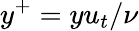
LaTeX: y^{+}=yu_{t}/\nu